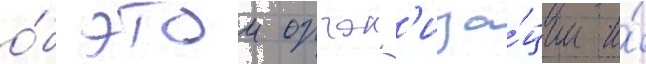
о́б этои орган'иза́ции и́